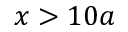
x > 1 0 a